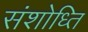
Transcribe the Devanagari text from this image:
संशोध्ति